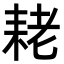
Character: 𮋨